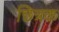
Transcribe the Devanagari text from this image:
छित्रक